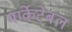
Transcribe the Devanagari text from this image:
मार्केटेबल